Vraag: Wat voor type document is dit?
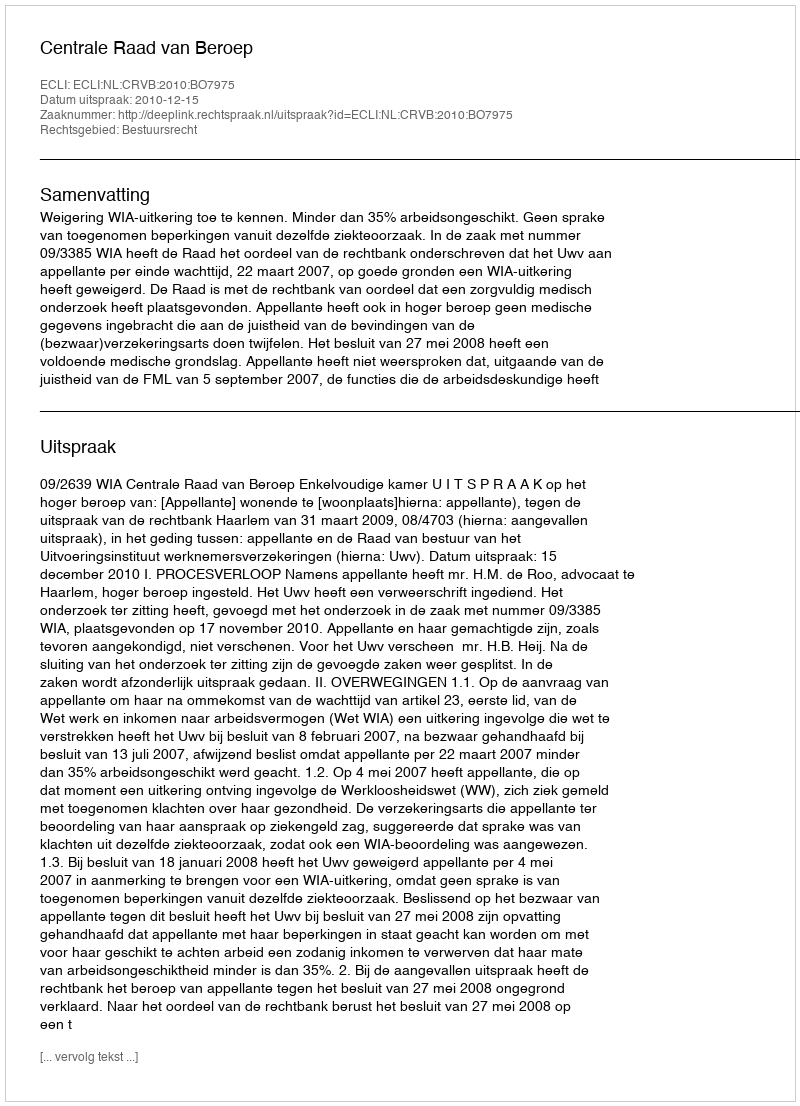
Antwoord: Uitspraak